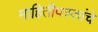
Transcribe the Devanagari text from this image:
माहितीपत्रकांचे